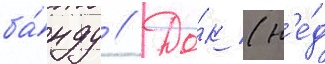
ба́нду // До́к (н'е́д